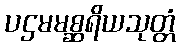
ပဌမမစ္ဆရိယသုတ္တံ